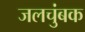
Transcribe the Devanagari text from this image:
जलचुंबक